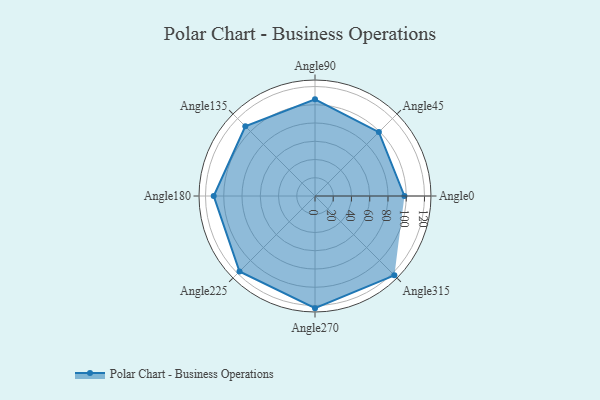
{"axis": {"x": "Angle", "y": "Radius"}, "legend": [""], "data": [{"x": "Angle0", "y": 98.0, "type": ""}, {"x": "Angle45", "y": 99.0, "type": ""}, {"x": "Angle90", "y": 106.0, "type": ""}, {"x": "Angle135", "y": 108.0, "type": ""}, {"x": "Angle180", "y": 111.0, "type": ""}, {"x": "Angle225", "y": 117.0, "type": ""}, {"x": "Angle270", "y": 123.0, "type": ""}, {"x": "Angle315", "y": 123.0, "type": ""}]}